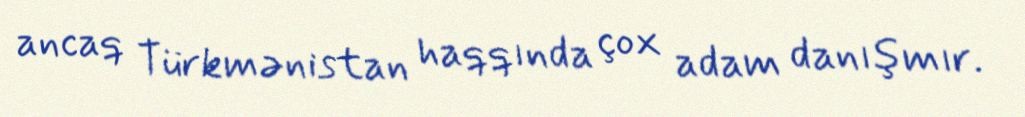
ancaq Türkmənistan haqqında çox adam danışmır.